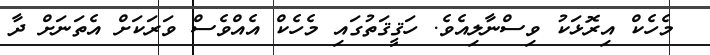
މެހެކް އިރޮޅަކު ވިސްނާލިއެވެ. ހަޤީޤަތުގައި މެހެކް އެއްވެސް ވަރަކަށް އެތަނަށް ދާ